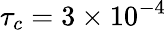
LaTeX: \tau_{c}=3\times 10^{-4}